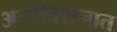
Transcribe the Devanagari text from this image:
आधीवेशनात